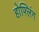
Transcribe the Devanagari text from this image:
होफ्लिंग